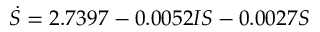
\dot { S } = 2 . 7 3 9 7 - 0 . 0 0 5 2 I S - 0 . 0 0 2 7 S